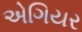
એગિયર